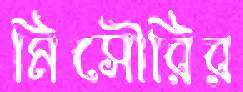
মিসৌরির